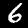
Label: 6